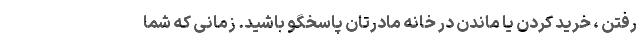
رفتن ، خرید کردن یا ماندن در خانه مادرتان پاسخگو باشید. زمانی که شما